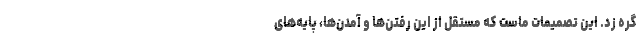
گره زد. این تصمیماتِ ماست که مستقل از این رفتن‌ها و آمدن‌ها، پایه‌های